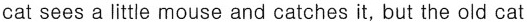
cat sees a little mouse and catches it, but the old cat